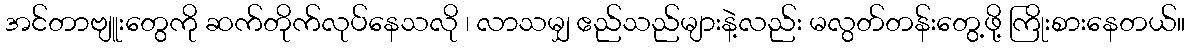
အင်တာဗျူးတွေကို ဆက်တိုက်လုပ်နေသလို ၊ လာသမျှ ဧည်သည်များနဲ့လည်း မလွတ်တန်းတွေ့ဖို့ ကြိုးစားနေတယ်။